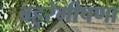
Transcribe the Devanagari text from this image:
बहुरंगीपणा